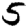
Digit: 5